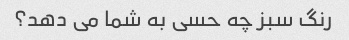
رنگ سبز چه حسی به شما می دهد؟